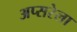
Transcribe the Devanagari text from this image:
अप्सरेला